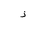
Letter: _thal